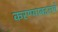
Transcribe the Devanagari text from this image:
करण्याबद्दलचे